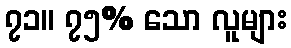
၇၁။ ၇၅% သော လူများ